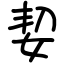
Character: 㛃